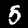
Label: 5